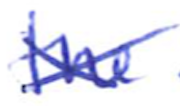
Text: the
Cross-out: mix
Writing tool: ballpoint